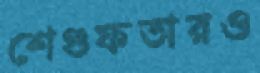
শেগুফতারও